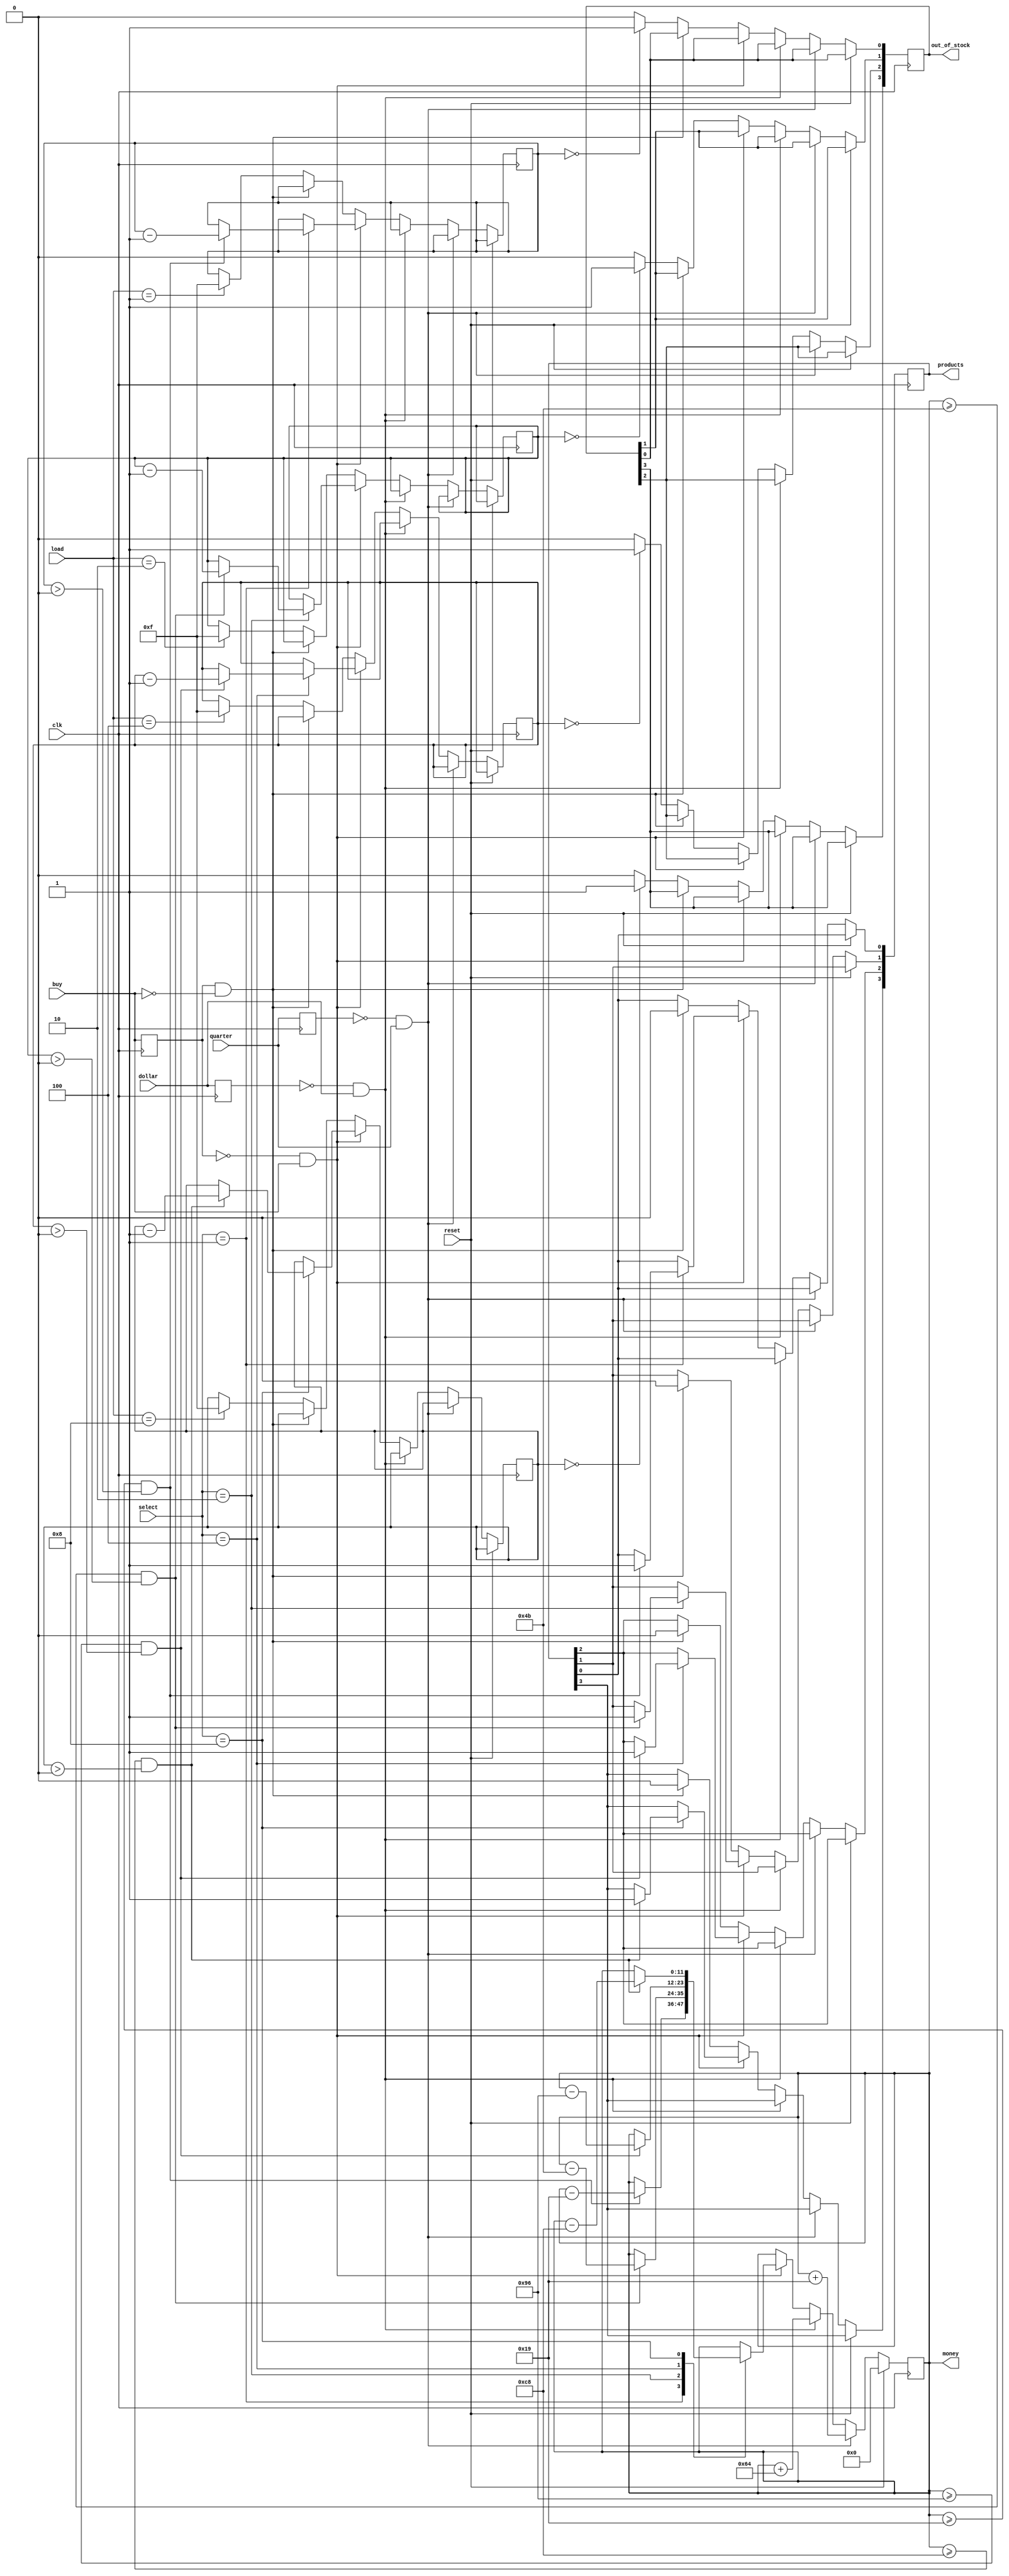
`timescale 1ns / 1ps

module Vending_Machine(
    input clk,
    input reset,
    input quarter,
    input dollar,
    input [3:0] select, //to slect item from the stock, 4 different item trays
                        //one tray for each product,having 15 units 
    input buy,          //to buy product
    input [3:0] load,       //to load out of stock product
    output reg [11:0] money = 0,    //money that will be withdrawn from the machine(change)
    output reg[3:0] products = 0,  //product being dispensed: ([1] 25 Cents for gum, [2] 75 cents for chocolates,
                            //[3] 150 ($1.5) for bag of chips, [4] 200 cents ($2) for a drink)
    output reg [3:0] out_of_stock = 0   //initially vending machine is full
    );
    
    reg quarter_prev, dollar_prev; //to remember the money inserted 
    reg buy_prev;   
    
    //Full stock initailly, 15 items each
    reg [3:0] stock0 = 4'b1111; //Gum(0),   25 cents
    reg [3:0] stock1 = 4'b1111; //Chocolate(1), 75 cents
    reg [3:0] stock2 = 4'b1111; //Chips(2), $1.5
    reg [3:0] stock3 = 4'b1111; //Drink(3), $2
    
    
    
    always@(posedge clk)
    begin
    quarter_prev<=quarter;
    dollar_prev<=dollar;
    buy_prev<=buy; //product is dispensed only when buy button is pressed
    
    if(reset==1)    //to display set to zero, money is reseted
        money<=1'b0;
    
    else if(quarter_prev==1'b0 && quarter==1'b1) //If quartr is inserted(nothing inserted before)
        money<=money+12'd25;    //25 cents inserted
    
    else if(dollar_prev==1'b0 && dollar==1'b1) //If dollar is inserted
        money<=money+12'd100;    //100 cents inserted
    
    else if( buy_prev==1'b0 && buy==1'b1) //after adding money, buying of product, then it occurs as follows
    
    //product to be dispensed, money change to be reurned, and changing the stock
    
    case(select)
    
    //buying a gum
    4'b0001:
    if (money>=12'd25 && stock0>0) //enough money inseted and stock available
    begin
        products[0] <=1'b1; //product getting dispensed
        stock0 <=stock0-1'b1; //reduce the stock
        money<=money-12'd25;  //machine withdraws price of the product from total money
    end
       
    //buying a chocolate
    4'b0010:
    if (money>=12'd75 && stock1>0) //enough money inseted and stock available
    begin
        products[1] <=1'b1; //product getting dispensed
        stock1 <=stock1-1'b1; //reduce the stock
        money<=money-12'd75;  //machine withdraws price of the product from total money
    end
    
    //buying chips
    4'b0100:
    if (money>=12'd150 && stock2>0) //enough money inseted and stock available
    begin
        products[2] <= 1'b1; //product getting dispensed
        stock2 <= stock2-1'b1; //reduce the stock
        money <= money-12'd150;  //machine withdraws price of the product from total money
    end
         
    //buying a drink
    4'b1000:
    if (money>=12'd200 && stock3>0) //enough money inseted and stock available
    begin
        products[3] <=1'b1; //product getting dispensed
        stock3 <=stock3-1'b1; //reduce the stock
        money<=money-12'd200;  //machine withdraws price of the product from total money
    end
    
    endcase
    
    else if (buy_prev==1'b1 && buy==1'b0) //if buy button not pressed, no product dispensed
    begin
    products [0] <= 1'b0;
    products [1] <= 1'b0;
    products [2] <= 1'b0;
    products [3] <= 1'b0;
    end
    
    //items in [3:0] stock run out, [3:0] out of stock led goes high
    else begin
    if (stock0==4'b0000)
    out_of_stock[0] <= 1'b1;
    else out_of_stock[0] <= 1'b0;
    
    if (stock1==4'b0000)
    out_of_stock[1] <= 1'b1;
    else out_of_stock[1] <= 1'b0;
    
    if (stock2==4'b0000)
    out_of_stock[2] <= 1'b1;
    else out_of_stock[2] <= 1'b0;
    
    if (stock3==4'b0000)
    out_of_stock[3] <= 1'b1;
    else out_of_stock[3] <= 1'b0;
    
    //if product 0 is being stocked, refilling the items, its stoc changes to 15
    
    case(load)
    4'b0001: stock0 <=4'b1111;
    4'b0010: stock1 <=4'b1111;
    4'b0100: stock2 <=4'b1111;
    4'b1000: stock3 <=4'b1111;
    endcase
    end
    end
      
endmodule